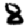
Digit: 8